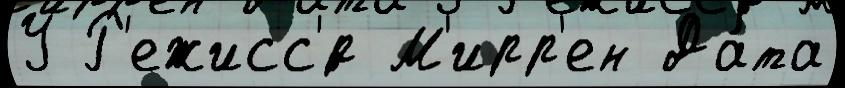
У Р'ежисс'́р М'ирр'ен Да́та